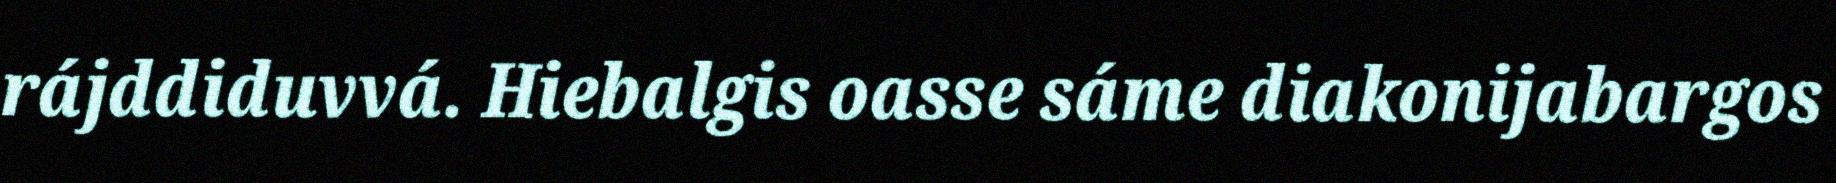
rájddiduvvá. Hiebalgis oasse sáme diakonijabargos